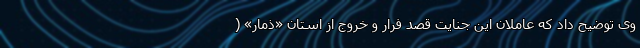
وی توضیح داد که عاملان این جنایت قصد فرار و خروج از استان «ذمار» (